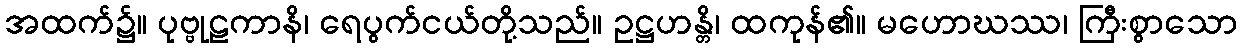
အထက်၌။ ပုဗ္ဗုဠကာနိ၊ ရေပွက်ငယ်တို့သည်။ ဥဋ္ဌဟန္တိ၊ ထကုန်၏။ မဟောဃဿ၊ ကြီးစွာသော